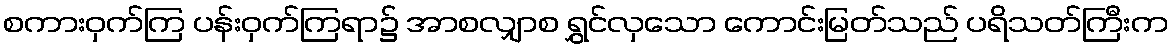
စကားဝှက်ကြ ပန်းဝှက်ကြရာ၌ အာစလျှာစ ရွှင်လှသော ကောင်းမြတ်သည် ပရိသတ်ကြီးက